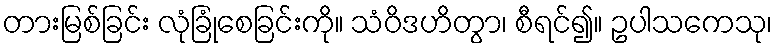
တားမြစ်ခြင်း လုံခြုံစေခြင်းကို။ သံဝိဒဟိတွာ၊ စီရင်၍။ ဥပါသကေသု၊